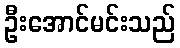
ဦးအောင်မင်းသည်